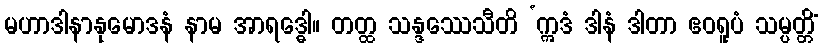
မဟာဒါနာနုမောဒနံ နာမ အာရဒ္ဓေါ။ တတ္ထ သန္ဒဿေသီတိ ‘ဣဒံ ဒါနံ ဒါတာ ဧဝရူပံ သမ္ပတ္တိံ